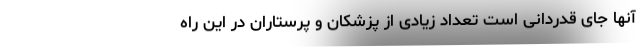
آنها جای قدردانی است تعداد زیادی از پزشکان و پرستاران در این راه